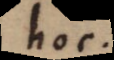
hoc.